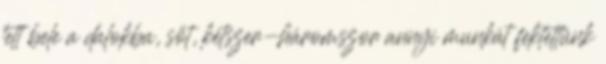
tett bele a dalokba, sőt, kétszer-háromszor annyi munkát fektettünk